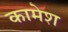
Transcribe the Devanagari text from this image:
कामेश